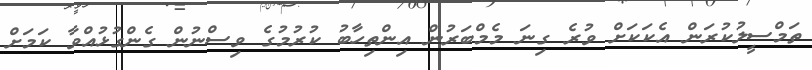
ތަމްސީލުކުރަން އެކަކަށް ވުރެ ގިނަ މެމްބަރުން އިންތިހާބު ކުރުމުގެ ވިސްނުން ގެންގުޅުއްވާ ކަމަށް